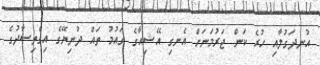
އުނދަގުލާއި ހުރެ ކަން ޖަރުމަނަށް އެނގި އޭޝިއާގެ ގައުމު ތައް ދުނިޔޭގެ އިގްތިސާދުގެ